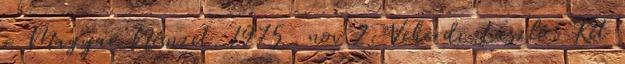
= Magyar Nemzet. 1975 . nov.2. Vekerdi László: Két